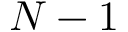
N - 1